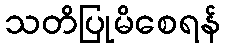
သတိပြုမိစေရန်